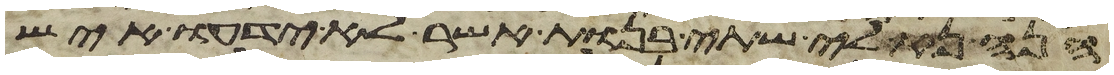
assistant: הנה נא לי שתי בנות אשר לא ידעו איש